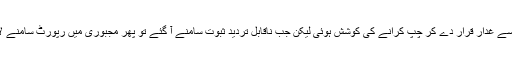
جس جس نے چینی چوروں کے بارے میں سوال اٹھایا اسے غدار قرار دے کر چپ کرانے کی کوشش ہوئی لیکن جب ناقابل تردید ثبوت سامنے آ گئے تو پھر مجبوری میں رپورٹ سامنے لانی پڑی کیونکہ خلق خدا سے کچھ نہیں چھپایا جا سکتا۔